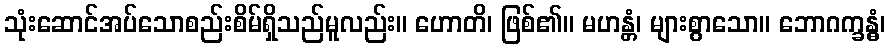
သုံးဆောင်အပ်သောစည်းစိမ်ရှိသည်မူလည်း။ ဟောတိ၊ ဖြစ်၏။ မဟန္တံ၊ များစွာသော။ ဘောဂက္ခန္ဓံ၊